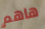
هاهم